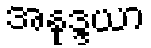
အနုဒ္ဒယာ